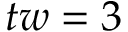
t w = 3